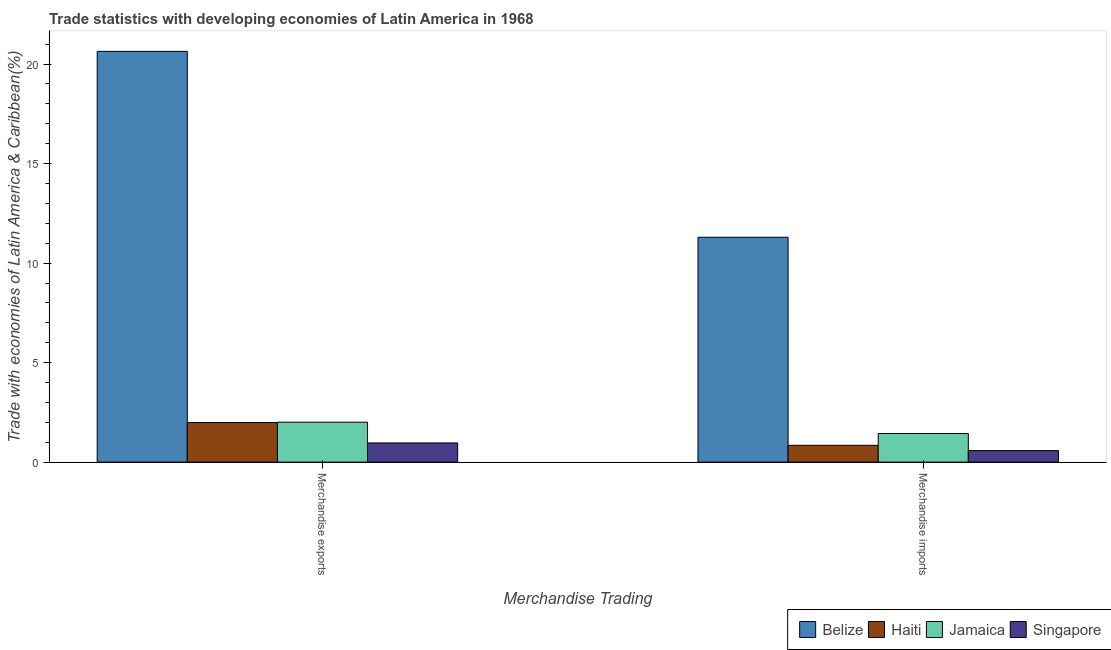
| Merchandise Trading | Belize | Haiti | Jamaica | Singapore |
 | --- | --- | --- | --- | --- |
 | Merchandise exports | 20.6 | 1.99 | 2.01 | 0.964 |
 | Merchandise imports | 11.3 | 0.845 | 1.44 | 0.579 |